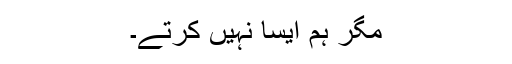
مگر ہم ایسا نہیں کرتے۔